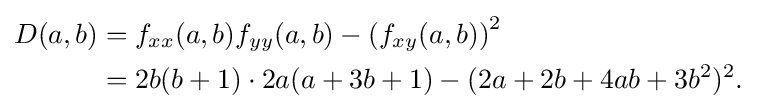
{\begin{aligned}D(a,b)&=f_{xx}(a,b)f_{yy}(a,b)-\left(f_{xy}(a,b)\right)^{2}\\&=2b(b+1)\cdot 2a(a+3b+1)-(2a+2b+4ab+3b^{2})^{2}.\end{aligned}}